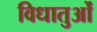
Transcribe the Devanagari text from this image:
विधातुओं